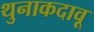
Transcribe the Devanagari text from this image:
थुनाकदावू